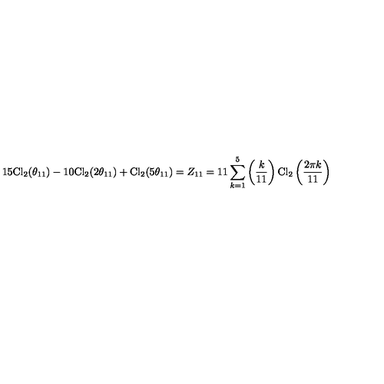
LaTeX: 1 5 \mathrm { C l } _ { 2 } ( \theta _ { 1 1 } ) - 1 0 \mathrm { C l } _ { 2 } ( 2 \theta _ { 1 1 } ) + \mathrm { C l } _ { 2 } ( 5 \theta _ { 1 1 } ) = Z _ { 1 1 } = 1 1 \sum _ { k = 1 } ^ { 5 } \left( \frac { k } { 1 1 } \right) \mathrm { C l } _ { 2 } \left( \frac { 2 \pi k } { 1 1 } \right)